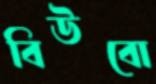
বিউবো